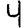
Digit: 4